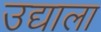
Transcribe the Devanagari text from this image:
उद्याला